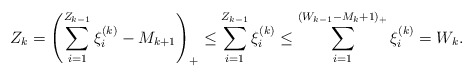
\begin{align*} Z_k=\left(\sum_{i=1}^{Z_{k-1}}\xi_{i}^{(k)}-M_{k+1}\right)_+\leq\sum_{i=1}^{Z_{k-1}}\xi_{i}^{(k)}\leq \sum_{i=1}^{(W_{k-1}-M_{k}+1)_+}\xi_{i}^{(k)}=W_k. \end{align*}